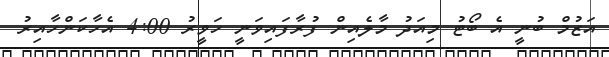
އަޒުމް ބުނީ އެ ބޯޓު މިއަދު މާލެއިން ފުރާފައިވަނީ ހަވީރު 4:00 އެހާކަންހާއިރު